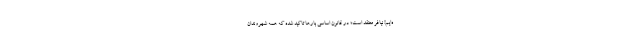
ه‌ایم! نیافر معتقد است؛ در قانون اساسی بارها تاکید شده که همه شهروندان